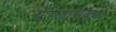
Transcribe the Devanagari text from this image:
केरळासबंधी